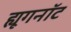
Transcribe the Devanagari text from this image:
ह्यूगनॉट